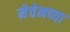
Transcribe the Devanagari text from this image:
मेचेनच्या